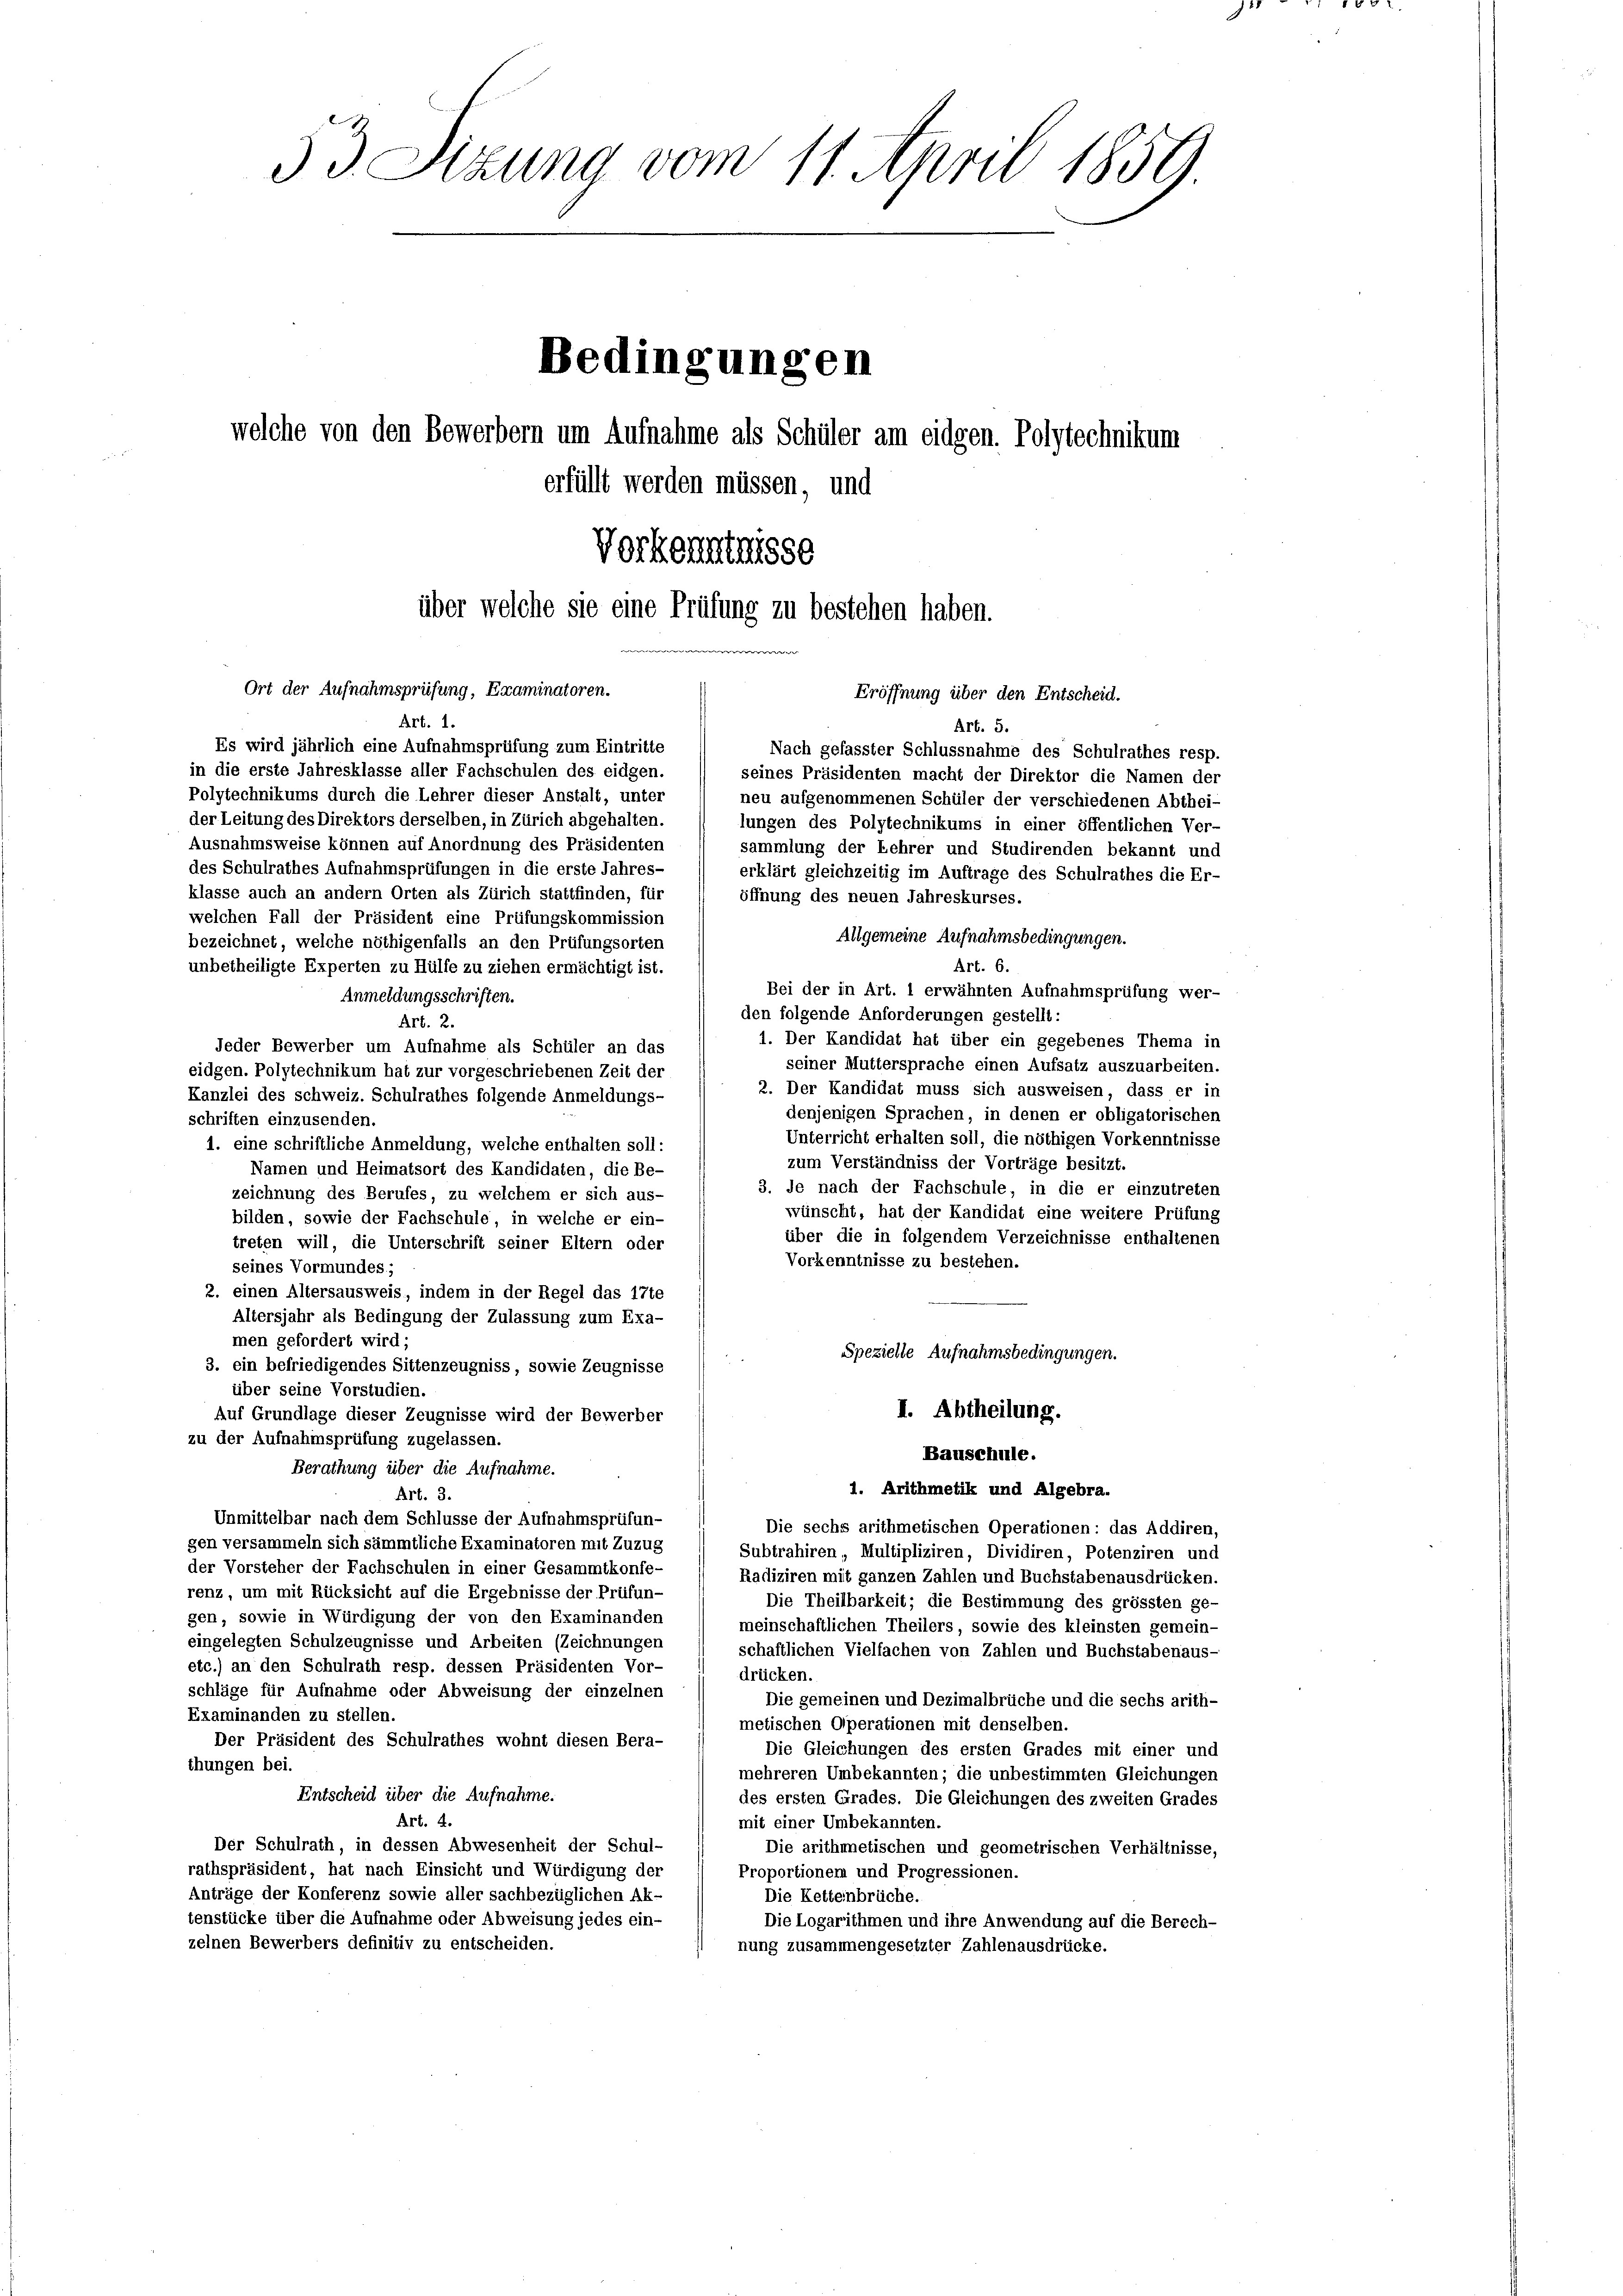
53. Sizung vom 11. April 1859

Bedingungen
welche von den Bewerbern um Aufnahme als Schüler am eidgen. Polytechnikum
erfüllt werden müssen, und
Vorkenntnisse
über welche sie eine Prüfung zu bestehen haben.
Ort der Aufnahmsprüfung, Examinatoren.
Eröffnung über den Entscheid.
Art. 1.
Art. 5.

Es wird jährlich eine Aufnahmsprüfung zum Eintritte
Nach gefasster Schlussnahme des Schulrathes resp.
in die erste Jahresklasse aller Fachschulen des eidgen.
seines Präsidenten macht der Direktor die Namen der
Polytechnikums durch die Lehrer dieser Anstalt, unter
neu aufgenommenen Schüler der verschiedenen Abthei-
der Leitung des Direktors derselben, in Zürich abgehalten.
lungen des Polytechnikums in einer öffentlichen Ver-
Ausnahmsweise können auf Anordnung des Präsidenten
sammlung der Lehrer und Studirenden bekannt und
des Schulrathes Aufnahmsprüfungen in die erste Jahres-
erklärt gleichzeitig im Auftrage des Schulrathes die Er-
klasse auch an andern Orten als Zürich stattfinden, für
öffnung des neuen Jahreskurses.
welchen Fall der Präsident eine Prüfungskommission
Allgemeine Aufnahmsbedingungen.
bezeichnet, welche nöthigenfalls an den Prüfungsorten
Art. 6.
unbetheiligte Experten zu Hülfe zu ziehen ermächtigt ist.
Bei der in Art. 1 erwähnten Aufnahmsprüfung wer-
Anmeldungsschriften.
den folgende Anforderungen gestellt:
Art. 2.
1. Der Kandidat hat über ein gegebenes Thema in
Jeder Bewerber um Aufnahme als Schüler an das
seiner Muttersprache einen Aufsatz auszuarbeiten.
eidgen. Polytechnikum hat zur vorgeschriebenen Zeit der
2. Der Kandidat muss sich ausweisen, dass er in
Kanzlei des schweiz. Schulrathes folgende Anmeldungs-
denjenigen Sprachen, in denen er obligatorischen
schriften einzusenden.
Unterricht erhalten soll, die nöthigen Vorkenntnisse
1. eine schriftliche Anmeldung, welche enthalten soll:
zum Verständniss der Vorträge besitzt.
Namen und Heimatsort des Kandidaten, die Be-
3. de nach der Fachschule, in die er einzutreten
zeichnung des Berufes, zu welchem er sich aus-
wünscht, hat der Kandidat eine weitere Prüfung
bilden, sowie der Fachschule, in welche er ein-
über die in folgendem Verzeichnisse enthaltenen
treten will, die Unterschrift seiner Eltern oder
Vorkenntnisse zu bestehen.
seines Vormundes;
2. einen Altersausweis, indem in der Regel das 17te
Altersjahr als Bedingung der Zulassung zum Exa-
men gefordert wird;
Spezielle Aufnahmsbedingungen.
3. ein befriedigendes Sittenzeugniss, sowie Zeugnisse
über seine Vorstudien.
I. Abtheilung.
Auf Grundlage dieser Zeugnisse wird der Bewerber
zu der Aufnahmsprüfung zugelassen.
Bauschule.
Berathung über die Aufnahme.
1. Arithmetik und Algebra.
Art. 3.
Unmittelbar nach dem Schlüsse der Aufnahmsprüfun-
Die sechs arithmetischen Operationen: das Addiren,
gen versammeln sich sämmtliche Examinatoren mit Zuzug
Subtrahiren, Multipliziren, Dividiren, Potenziren und
der Vorsteher der Fachschulen in einer Gesammtkonfe-
Radiziren mit ganzen Zahlen und Buchstabenausdrücken.
renz, um mit Rücksicht auf die Ergebnisse der Prüfun-
Die Theilbarkeit; die Bestimmung des grössten ge-
gen, sowie in Würdigung der von den Examinanden
meinschaftlichen Theilers, sowie des kleinsten gemein-
eingelegten Schulzeugnisse und Arbeiten (Zeichnungen
schaftlichen Vielfachen von Zahlen und Buchstabenaus-
etc.) an den Schulrath resp. dessen Präsidenten Vor-
drücken.
schläge für Aufnahme oder Abweisung der einzelnen
Die gemeinen und Dezimalbrüche und die sechs arith-
Examinanden zu stellen.
metischen Operationen mit denselben.
Der Präsident des Schulrathes wohnt diesen Bera¬
Die Gleichungen des ersten Grades mit einer und
thungen bei.
mehreren Umbekannten; die unbestimmten Gleichungen
Entscheid über die Aufnahme.
des ersten Grades. Die Gleichungen des zweiten Grades
Art. 4.
mit einer Umbekannten.
Der Schulrath, in dessen Abwesenheit der Schul-
Die arithmetischen und geometrischen Verhältnisse,
rathspräsident, hat nach Einsicht und Würdigung der
Proportionem und Progressionen.
Anträge der Konferenz sowie aller sachbezüglichen Ak-
Die Ketteinbrüche.
tenstücke über die Aufnahme oder Abweisung jedes ein-
Die Logarithmen und ihre Anwendung auf die Berech-
zelnen Bewerbers definitiv zu entscheiden.
nung zusammengesetzter Zahlenausdrücke.